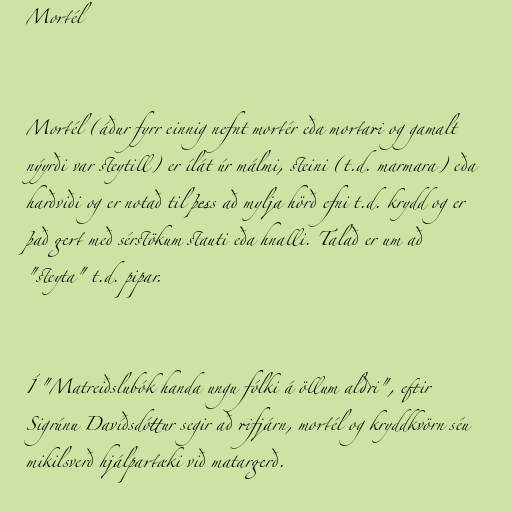
Mortél

Mortél (áður fyrr einnig nefnt mortér eða mortari og gamalt
nýyrði var steytill) er ílát úr málmi, steini (t.d. marmara) eða
harðviði og er notað til þess að mylja hörð efni t.d. krydd og er
það gert með sérstökum stauti eða hnalli. Talað er um að
"steyta" t.d. pipar.

Í "Matreiðslubók handa ungu fólki á öllum aldri", eftir
Sigrúnu Davíðsdóttur segir að rifjárn, mortél og kryddkvörn séu
mikilsverð hjálpartæki við matargerð.